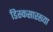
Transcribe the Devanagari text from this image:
डिस्कसारख्या